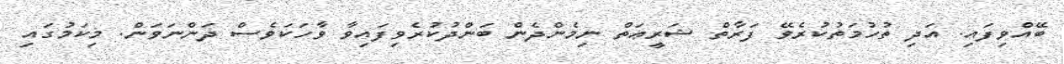
ބޭއްވިފައި. އަދި ތުހުމަތުކުރެވޭ ފަރާތް ޝަރީޢަތް ނިމެންދެން ބަންދުކުރެވިފައިވާ ވާހަކަވެސް ދަންނަވަން. މިކަމުގައި